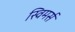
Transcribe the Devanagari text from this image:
स्विमर्स